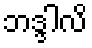
ဘဒ္ဒါလိ